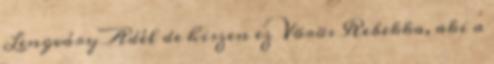
Lengváry Adél de hiszen ez Vörös Rebekka, aki a